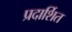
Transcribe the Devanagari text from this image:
प्रदार्शित